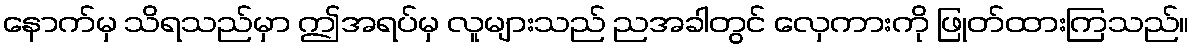
နောက်မှ သိရသည်မှာ ဤအရပ်မှ လူများသည် ညအခါတွင် လှေကားကို ဖြုတ်ထားကြသည်။